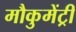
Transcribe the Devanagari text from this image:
मौकुमेंट्री